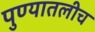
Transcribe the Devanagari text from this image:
पुण्यातलीच